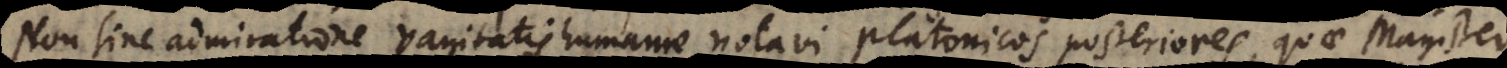
Non sine admiratione vanitatis humanae notavi Platonicos posteriores, quae Magister